V__Kingissepa_nim__kolhoos, lk 2
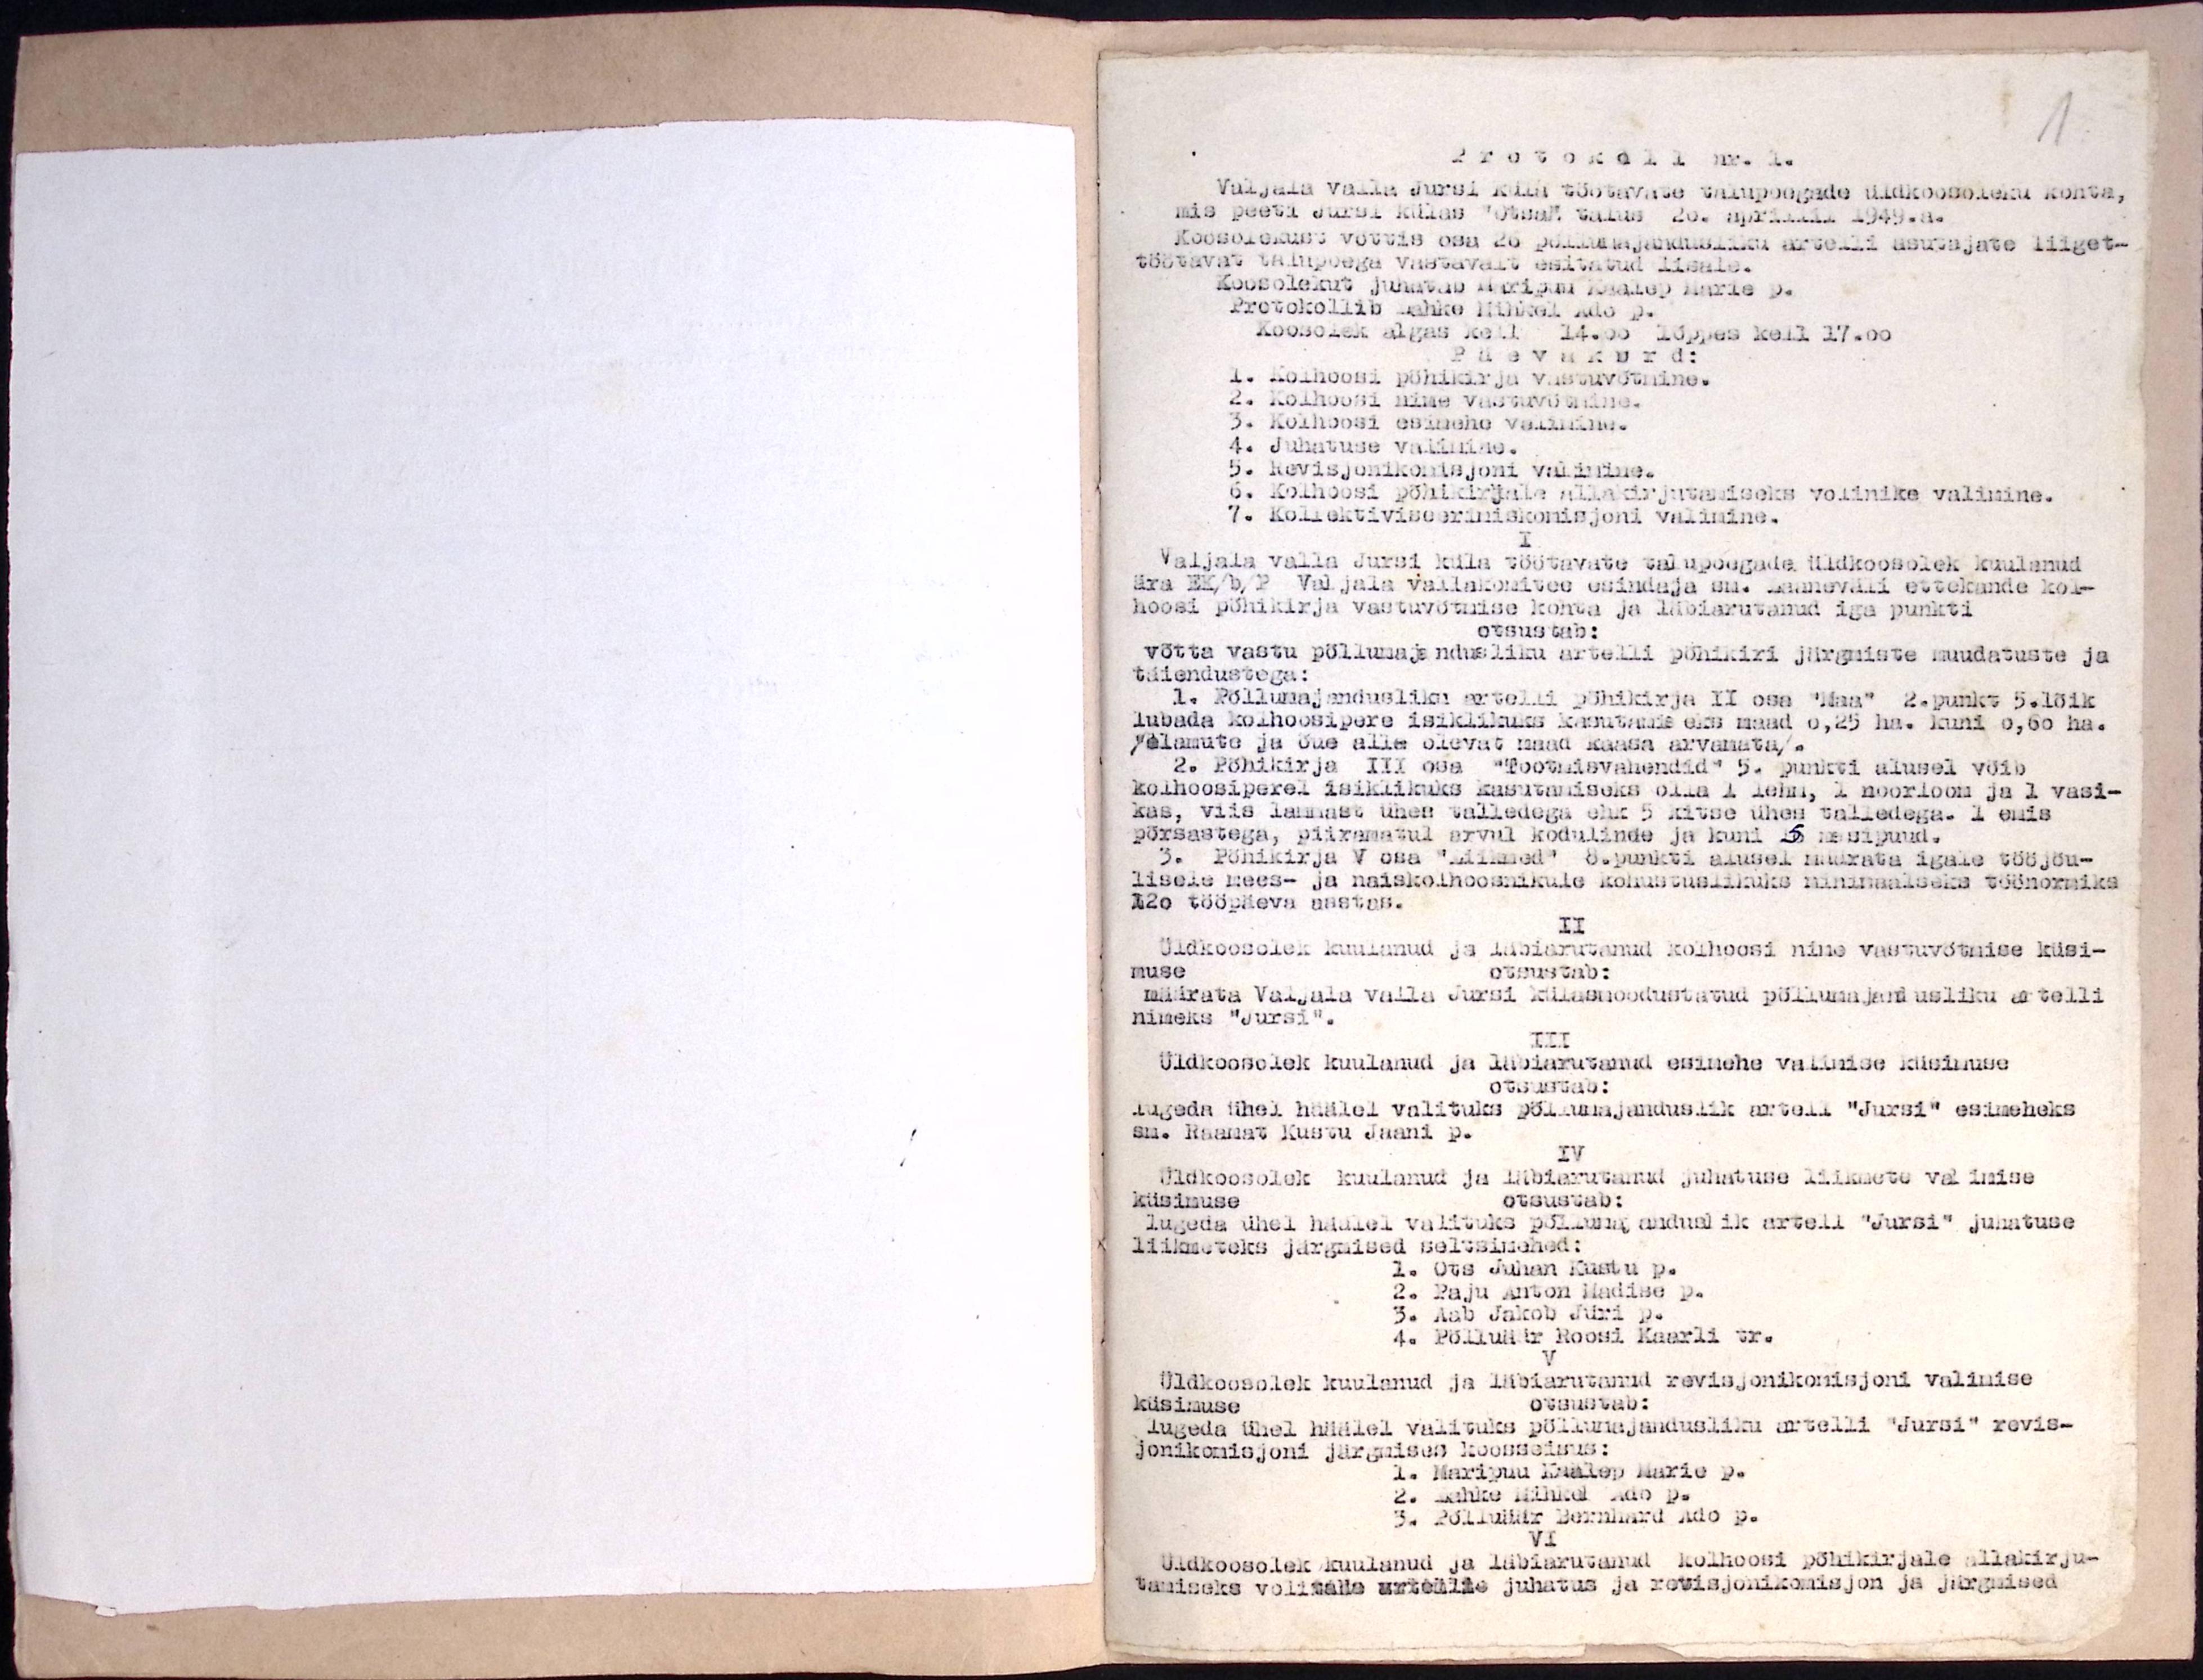
1
Protokoll nr. 1.
Valjala valla Jursi küla töötavate talupoegade üldkoosoleku kohta,
mis peeti Jursi külas "Otsa" talus 20. aprillil 1949. a.
Koosolekust võttis osa 26 põllumajandusliku artelli asutajate liiget-
töötavat talupoega vastavalt esitatud lisale.
Koosolekut juhatab Maripuu Kaalep Marie p.
Protokollib Lahke Mihkel Ado p.
Koosolek algas kell 14.00 lõpes kell 17.00
Päevakord:
1. Kolhoosi põhikirja vastuvõtmine.
2. Kolhoosi nime vastuvõtmine.
3. Kolhoosi esimehe valimine.
4. Juhatuse valimise.
5. Revisjonikomisjoni valimine.
6. Kolhoosi põhikirjale allakirjutamiseks volinike valimine.
7. Kollektiviseerimiskomisjoni valimine.
I.
Valjala valla Jürsi küla töötavate talupoegade üldkoosolek kuulanud
ära EK/b/P Valjala vallakomitee esindaja sm. Laaneväli ettekande kol-
hoosi põhikirja vastuvõtmise kohta ja läbiarutanud iga punkti-
otsustab:
võtta vastu põllumajandusliku artelli põhikiri järgmiste muudatuste ja
täiendustega:
1. Põllumajandusliku artelli põhikirja II osa "Maa" 2.punkt 5.lõik
lubada kolhoosipere isiklikuks kasutamiseks maad 0,25 ha. kuni 0,60 ha.
/elamute ja õue alla olevat maad kaasa arvamata/.
2. Põhikirja III osa "Tootmisvahendid" 5. punki alusel võib
kolhoosiperel isiklikuks kasutamiseks olla 1 lehm, 1 noorloom ja 1 vasi-
kas, viis lammast ühes talledega ehk 5 kitse ühes talledega. 1 emis
põrsastega, piiramatul arvul kodulinde ja kuni 5 mesipuud.
3. Põhikirja V osa "Liikmed" 8. punkti alusel määrata igale tööjõu-
lisele mees- ja naiskolhoosnikule kohustuslikuks minimaalseks töönormiks
120 tööpäeva aastas.
II
Üldkoosolek kuulanud ja läbiarutanud kolhoosi nime vastuvõtmise küsi-
muse
otsustab:
määrata Valjala valla Jursi külasmoodustatud põllumajandusliku artelli
nimeks "Jursi".
III
Üldkoosolek kuulanud ja läbiarutanud esimehe valimise küsimuse
otsustab:
lugeda ühel häälel valituks põllumajanduslik artell "Jursi" esimeheks
sm. Raamat Kustu Jaani p.
IV
Üldkoosolek kuulanud ja läbiarutanud juhatuse liikmete valimise
küsimuse
otsustab:
lugeda ühel häälel valituks põllumajanduslik artelli "Jursi" juhatuse
liikmeteks järgmised seltsimehed:
1. Ots Juhan Kusta p.
2. Paju Anton Madise p.
3. Aab Jakob Jürri p.
4. Põlluäär Roosi Kaarli tr.
Üldkoosolek kuulanud ja läbiarutanud revisjonikonisjoni valimise
küsimuse
otsustab:
lugeda ühel häälel valituks põllumajandusliku artelli "Jursi" revis-
jonikomisjoni järgmises koosseisus:
1. Maripuu Kaalep Marie p.
2. Lahke Mihkel Ado p.
3. Põlluäär Bernhard Ado p.
Üldkoosolek kuulanud ja läbiarutanud kolhoosi põhikirjale allakirju-
tamiseks volitada mitteütte juhatus ja revisjonikomisjon ja järgmised